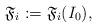
LaTeX: \begin{align*} \mathfrak{F}_i:= \mathfrak{F}_i(I_0),\end{align*}